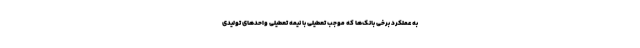
به عملکرد برخی بانک‌ها که موجب تعطیلی با نیمه تعطیلی واحدهای تولیدی